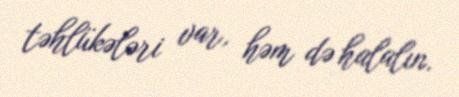
təhlükələri var, həm də halalın.